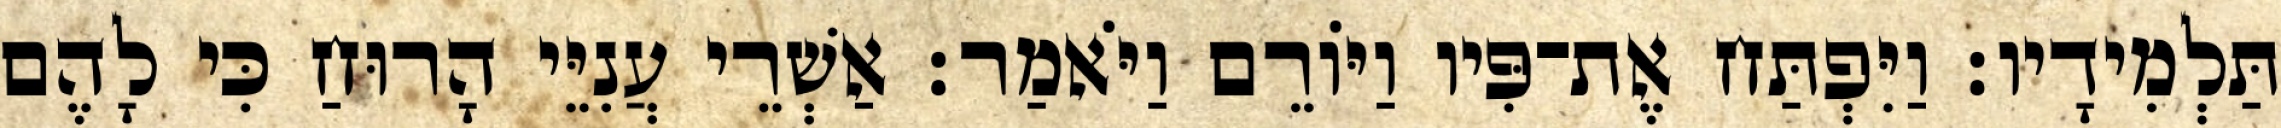
תַּלְמִידָיו׃ וַיִּפְתַּח אֶת־פִּיו וַיּוֹרֵם וַיֹּאמַר׃ אַשְׁרֵי עֲנִיֵּי הָרוּחַ כִּי לָהֶם